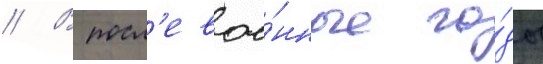
// В посл'евое́нные го́ды